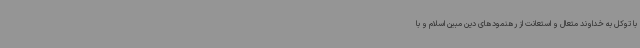
با توکل به خداوند متعال و استعانت از رهنمودهای دین مبین اسلام و با